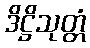
ဒိဋ္ဌိသုတ္တံ